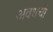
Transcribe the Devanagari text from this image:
अवधची